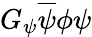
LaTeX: G_{\psi}{\overline{{\psi}}}\phi\psi